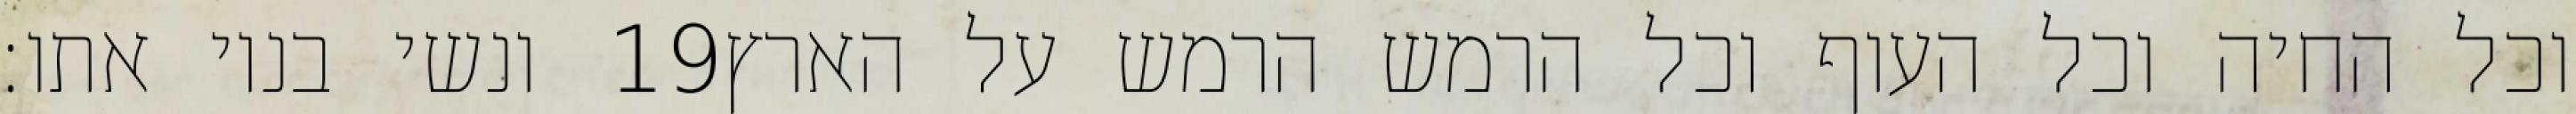
ונשי בניו אתו׃ ‎19‏ וכל החיה וכל העוף וכל הרמש הרמש על הארץ